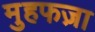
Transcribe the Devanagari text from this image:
मुहफज़ा